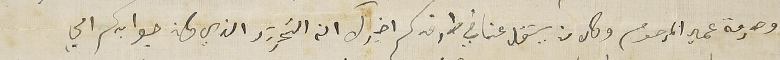
وحرمة عمي المرحوم وكل من يسَقل عنا في طرفكم اخبرك ان التحرير الذي كان جوابكم الي